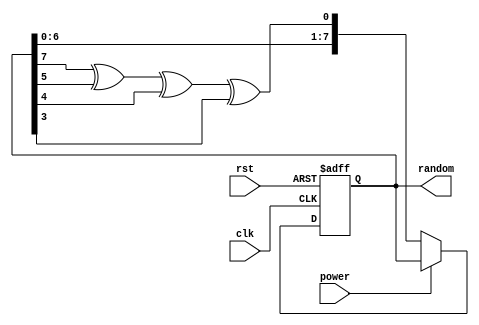
/**
  * @desc  - 
  * @input wire rst - 
  * @input wire clk - 
  * @input wire power - 
  * @ouput reg [7:0] random - 
*/
module LFSR (
    input rst,
    input clk,
    input power,
    output reg [7:0] random = 8'b1111_1111
);

    wire feedback = random[7] ^ random[5] ^ random[4] ^ random[3];  // 

    always @(posedge clk or negedge rst) begin
        if (!rst)   random <= 8'b1111_1111;     // 
        else if (!power)    random <= {random[6:0], feedback};
    end

endmodule